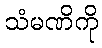
သံမဏိကို